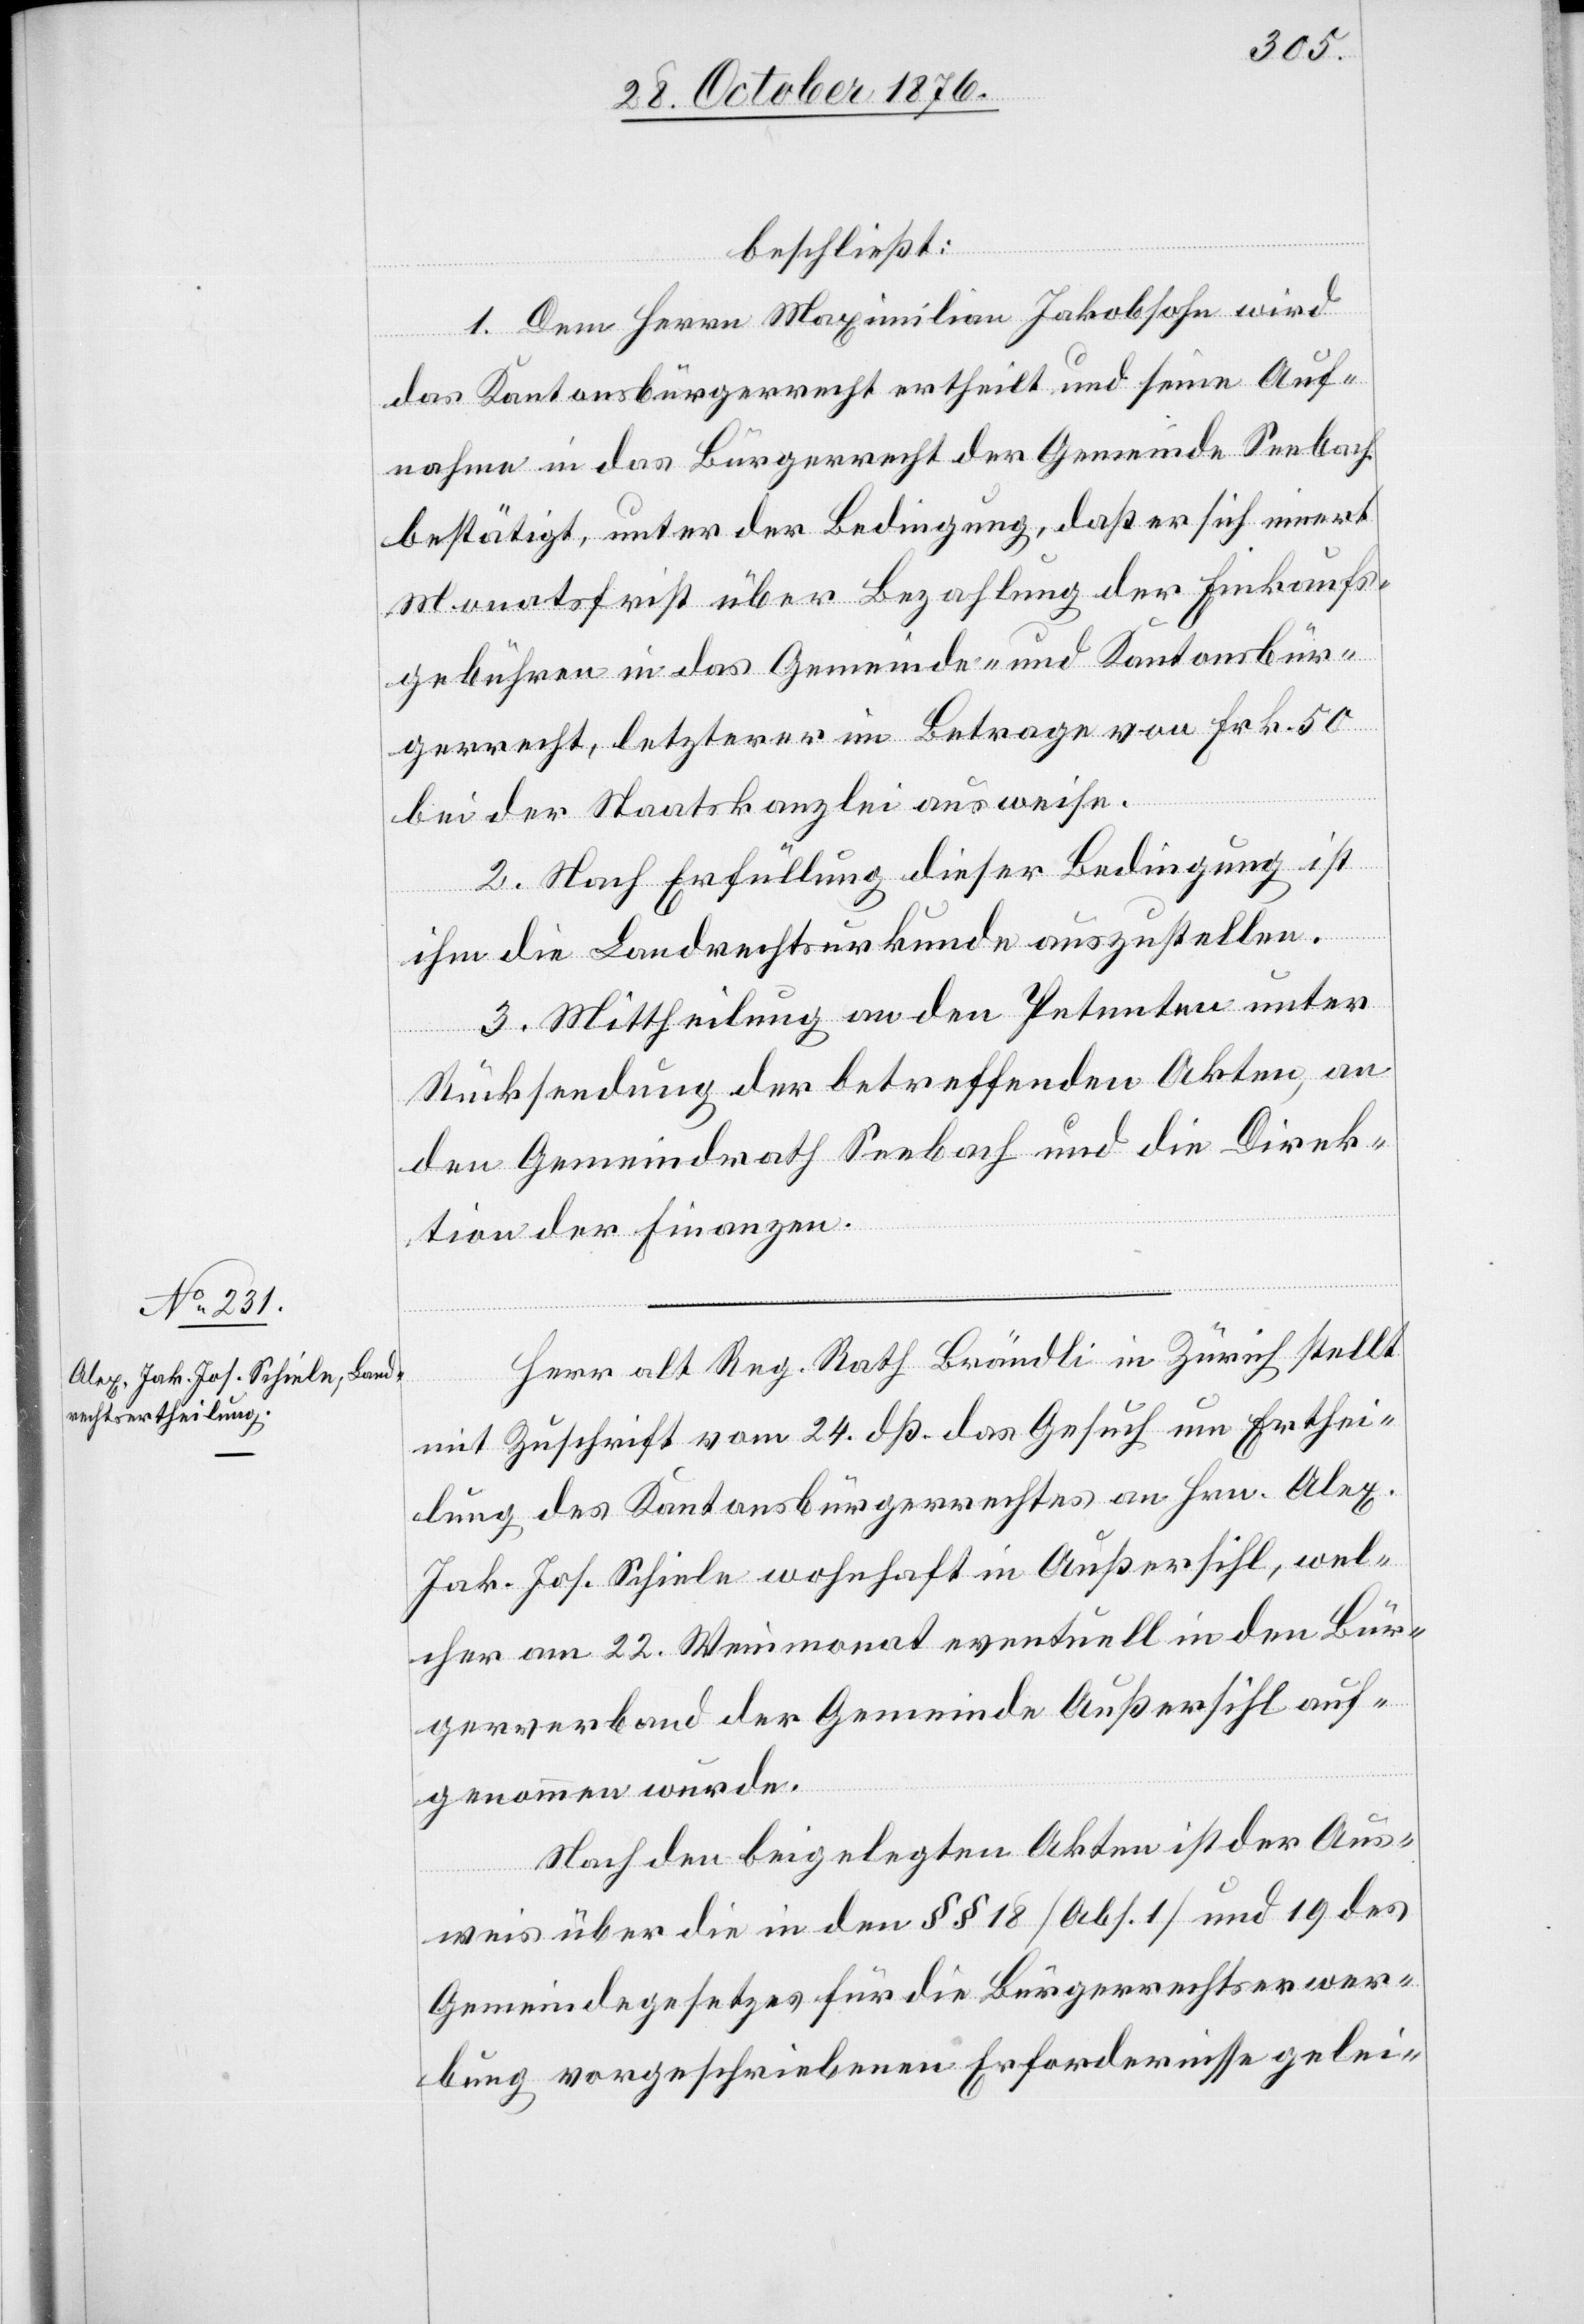
beschließt:
1. Dem Herrn Maximilian Jakobsohn wird
das Kantonsbürgerrecht ertheilt und seine Auf¬
nahme in das Bürgerrecht der Gemeinde Seebach
bestätigt, unter der Bedingung, daß er sich innert
Monatsfrist über Bezahlung der Einkauf¬
gebühren in das Gemeinde- und Kantonsbür¬
gerrecht, letzterer im Betrage von Frk. 50
bei der Staatskanzlei ausweise.
2. Nach Erfüllung dieser Bedingung ist
ihm die Landrechtsurkunde auszustellen.
3. Mittheilung an den Petenten unter
Rücksendung der betreffenden Akten, an
den Gemeindrath Seebach und die Direk¬
tion der Finanzen.